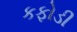
કફોડી